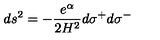
d s ^ { 2 } = - \frac { e ^ { \alpha } } { 2 H ^ { 2 } } d \sigma ^ { + } d \sigma ^ { - }